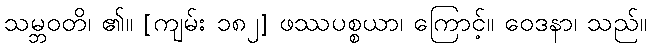
သမ္ဘဝတိ၊ ၏။ [ကျမ်း ၁၈၂] ဖဿပစ္စယာ၊ ကြောင့်။ ဝေဒနာ၊ သည်။